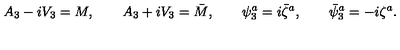
A _ { 3 } - i V _ { 3 } = M , \qquad A _ { 3 } + i V _ { 3 } = \bar { M } , \qquad \psi _ { 3 } ^ { a } = i \bar { \zeta } ^ { a } , \qquad \bar { \psi } _ { 3 } ^ { a } = - i \zeta ^ { a } .